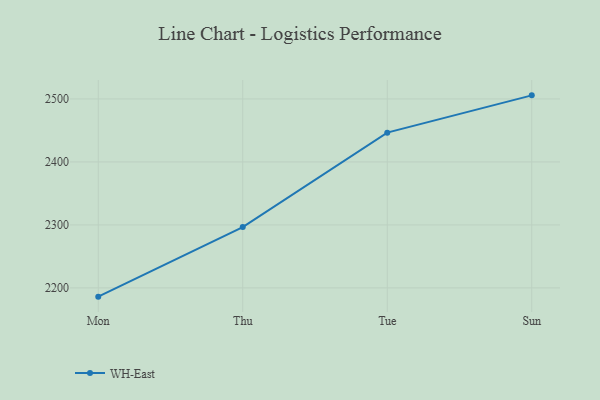
{"axis": {"x": "Day", "y": "Humidity (%)"}, "legend": ["WH-East"], "data": [{"x": "Mon", "y": 2186.1, "type": "WH-East"}, {"x": "Thu", "y": 2296.6, "type": "WH-East"}, {"x": "Tue", "y": 2446.5, "type": "WH-East"}, {"x": "Sun", "y": 2505.7, "type": "WH-East"}]}